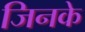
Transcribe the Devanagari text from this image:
जिनके